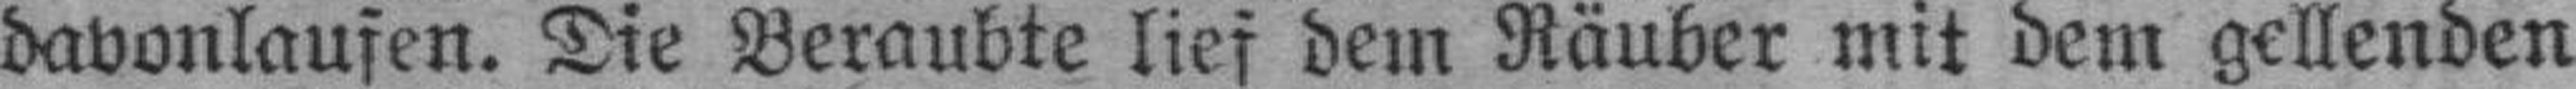
davonlaufen. Die Beraubte lief dem Räuber mit dem gellenden